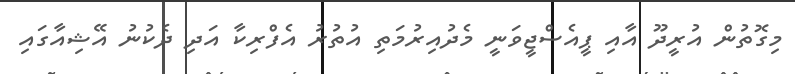
މިގޮތުން އުރީދޫ އާއި ޕީއެސްޖީވަނީ މެދުއިރުމަތި އުތުރު އެފްރިކާ އަދި ދެކުނު އޭޝިއާގައި